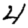
Digit: 4